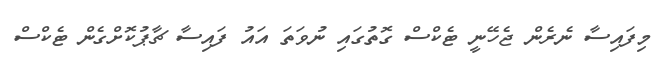
މިފައިސާ ނެރެން ޖެހޭނީ ޓެކްސް ގޮތުގައި ނުވަތަ އައު ފައިސާ ޗާޕުކޮށްގެން ޓެކްސް